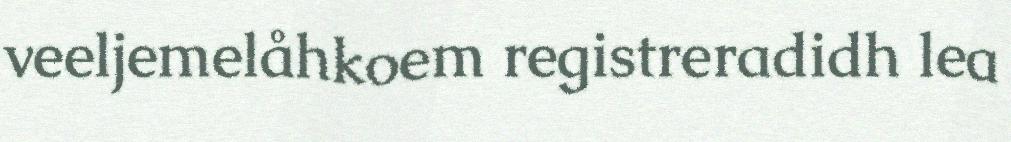
veeljemelåhkoem registreradidh lea